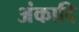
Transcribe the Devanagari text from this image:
अंकादि